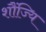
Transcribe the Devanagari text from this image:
शौंज्यि